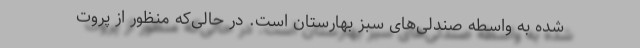
شده به واسطه صندلی‌های سبز بهارستان است. در حالی‌که منظور از پروت